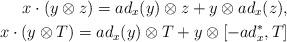
LaTeX: \begin{align*}x\cdot(y\otimes z)=ad_x(y)\otimes z+y\otimes ad_x(z), \\x\cdot(y\otimes T)=ad_x(y)\otimes T+y\otimes[-ad_{x}^*,T]\end{align*}